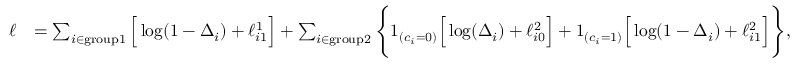
\begin{array} { r l } { \ell } & { = \sum _ { i \in \mathrm { g r o u p 1 } } \Big [ \log ( 1 - \Delta _ { i } ) + \ell _ { i 1 } ^ { 1 } \Big ] + \sum _ { i \in \mathrm { g r o u p 2 } } \Bigg \{ 1 _ { ( c _ { i } = 0 ) } \Big [ \log ( \Delta _ { i } ) + \ell _ { i 0 } ^ { 2 } \Big ] + 1 _ { ( c _ { i } = 1 ) } \Big [ \log ( 1 - \Delta _ { i } ) + \ell _ { i 1 } ^ { 2 } \Big ] \Bigg \} , } \end{array}